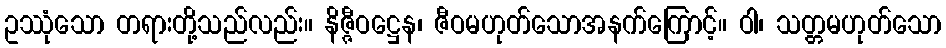
ဥဿုံသော တရားတို့သည်လည်း။ နိဇ္ဇီဝဋ္ဌေန၊ ဇီဝမဟုတ်သောအနက်ကြောင့်။ ဝါ၊ သတ္တမဟုတ်သော